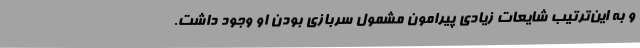
و به این‌ترتیب شایعات زیادی پیرامون مشمول سربازی بودن او وجود داشت.